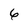
Character: 6